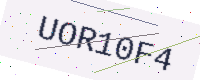
Text: UOR10F4